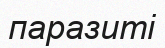
паразиті